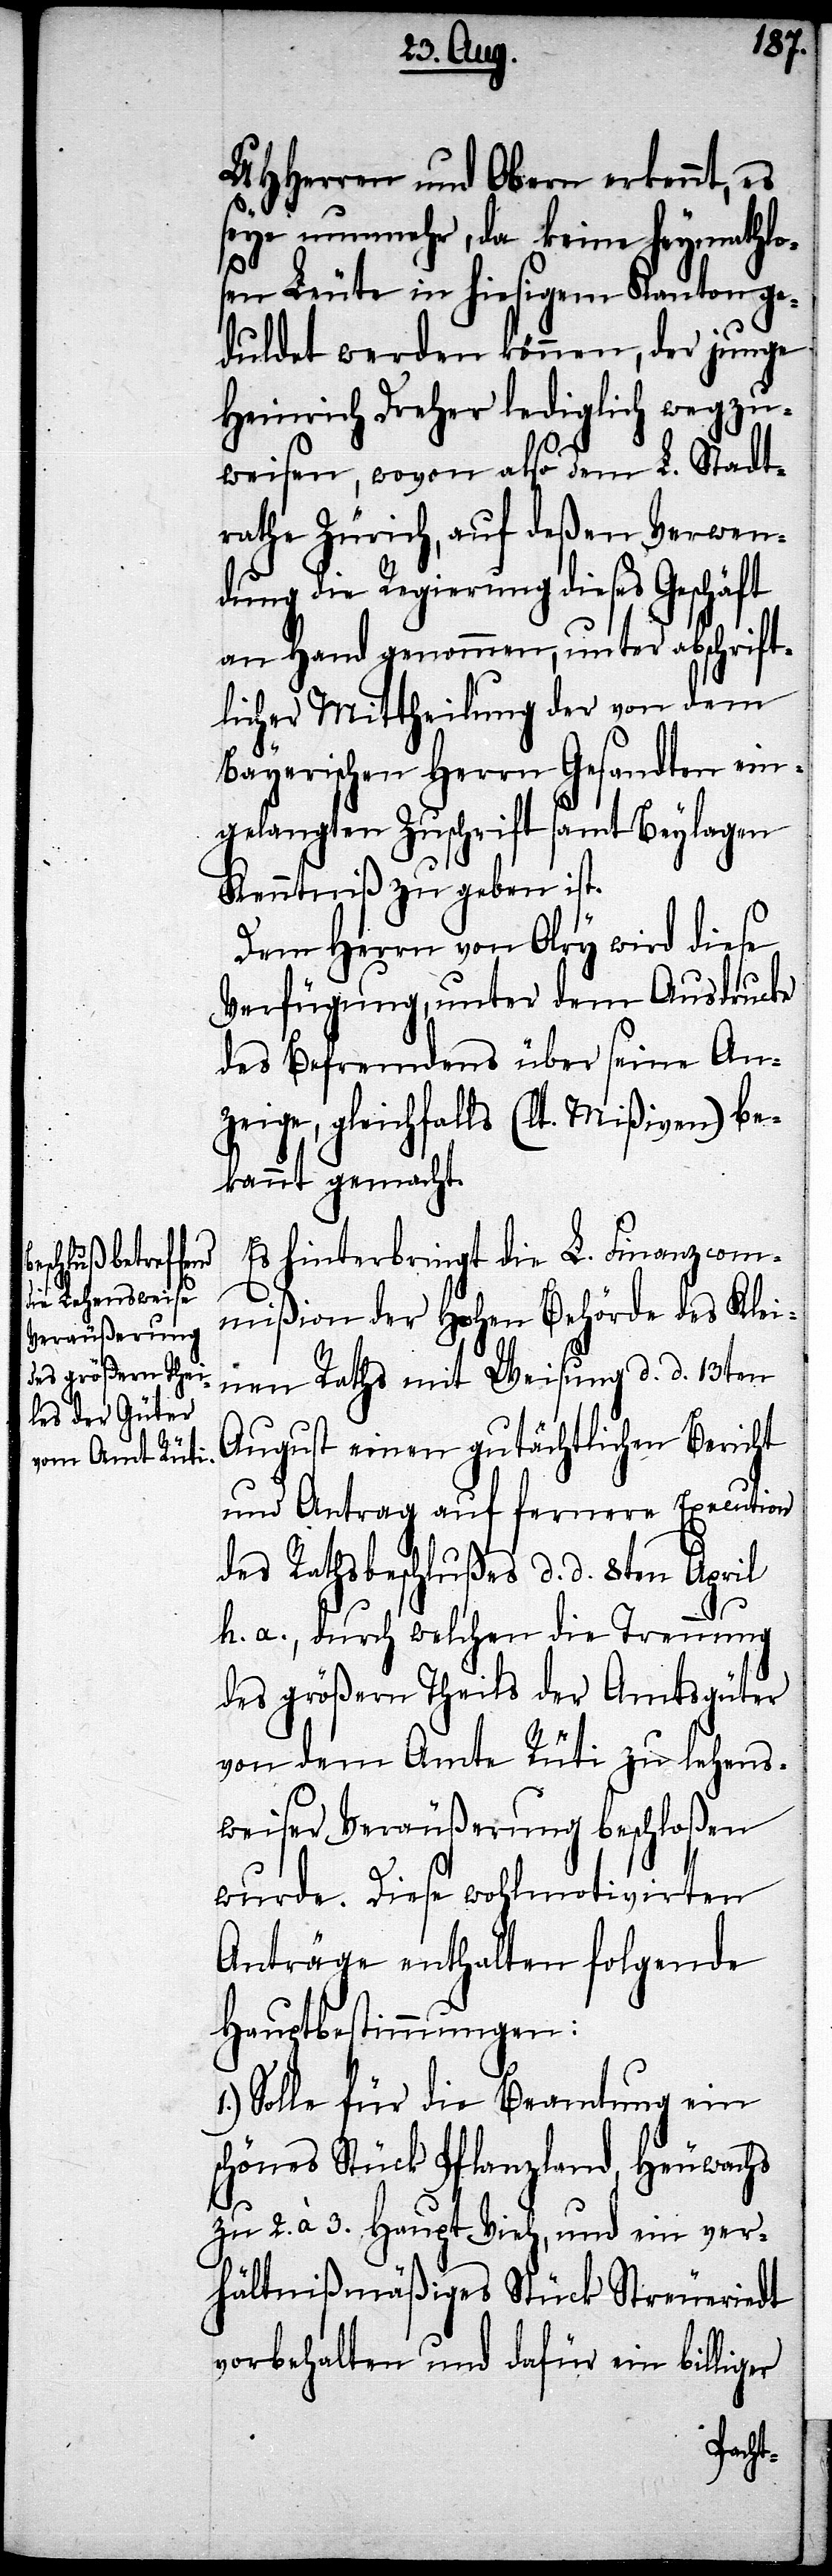
UHHerren und Obern erkennt, es
seye nunmehr, da keine heymathlo¬
sen Leute in hiesigem Kanton ge¬
duldet werden können, der junge
Heinrich Dreher lediglich wegzu¬
weisen, wovon also dem L. Stadt¬
rathe Zürich, auf deßen Verwen¬
dung die Regierung dieses Geschäft
an Hand genommen, unter abschrift¬
licher Mittheilung der von dem
Bayerischen Herrn Gesandten ein¬
gelangten Zuschrift samt Beylagen
Kenntniß zu geben ist.
Dem Herrn von Olry wird diese
Verfügung, unter dem Ausdrucke
des Befremdens über seine An¬
zeige, gleichfalls (lt. Mißiven) be¬
kannt gemacht.
Es hinterbringt die L. Finanzcom¬
mißion der hohen Behörde des Klei¬
nen Raths mit Weisung d. d. 13ten
August einen gutächtlichen Bericht
und Antrag auf fernere Execution
des Rathsbeschlußes d. d. 8ten April
h. a., durch welchen die Trennung
des größern Theils der Amtsgüter
von dem Amte Rüti zu lehens¬
weiser Veräußerung beschloßen
wurde. Dieser wohlmotivirten
Anträge enthalten folgende
Hauptbestimmungen:
Solle für die Beamtung ein
schönes Stück Pflanzland, Heuwachs
zu 2. à 3. Haupt Vieh, und ein ver¬
hältnißmäßiges Stück Streueriedt
vorbehalten und dafür ein billiger